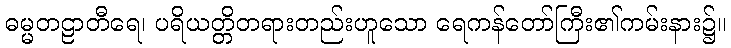
ဓမ္မတဠာတီရေ၊ ပရိယတ္တိတရားတည်းဟူသော ရေကန်တော်ကြီး၏ကမ်းနား၌။